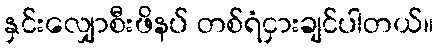
နှင်းလျှောစီးဖိနပ် တစ်ရံငှားချင်ပါတယ်။